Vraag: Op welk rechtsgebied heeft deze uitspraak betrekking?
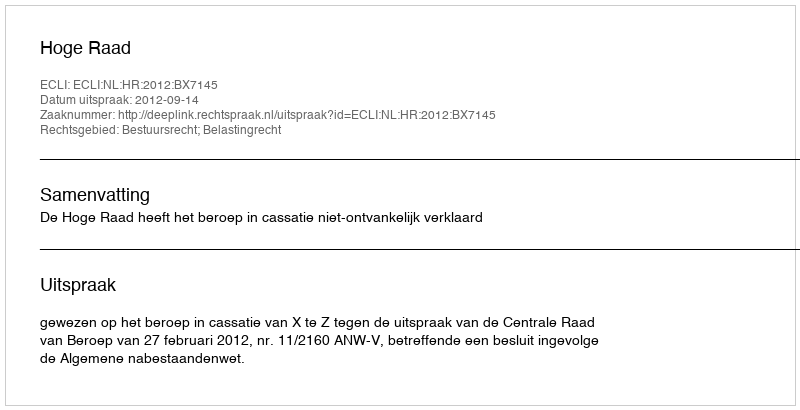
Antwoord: Bestuursrecht; Belastingrecht